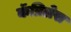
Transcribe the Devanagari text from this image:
कॅप्रिलेस